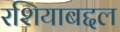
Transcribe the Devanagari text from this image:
रशियाबद्दल